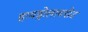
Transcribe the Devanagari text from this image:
हायड्रोलायसेट